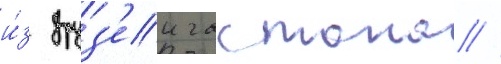
и́з друз'еи гастона //